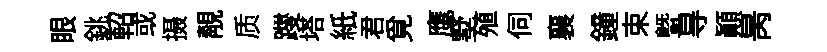
眼銚軺或摄靚质躞塔紙君覓鹰墅殖伺襄鐘束曁㝵顛昺